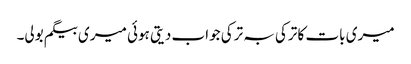
میری بات کا ترکی بہ ترکی جواب دیتی ہوئی میری بیگم بولی۔